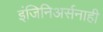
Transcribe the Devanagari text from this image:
इंजिनिअर्सनाही